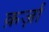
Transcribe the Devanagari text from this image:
क़र्ज़ा